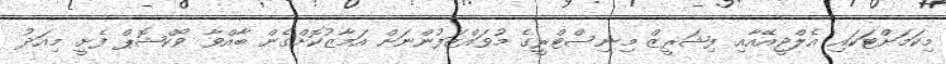
މިކަމަށްޓަކައި އެލްޖީއޭއާއި ފިޝަރީޒް މިނިސްޓްރީގެ މުވައްޒަފުންނަށް އަމާޒުކޮށްގެން ބާއްވާ ވޯކްޝޮޕް ފެށީ މިއަދު